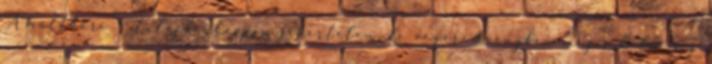
A múltkori -- tulajdonképpen sikertelen, de végeredményben mégis kellemes